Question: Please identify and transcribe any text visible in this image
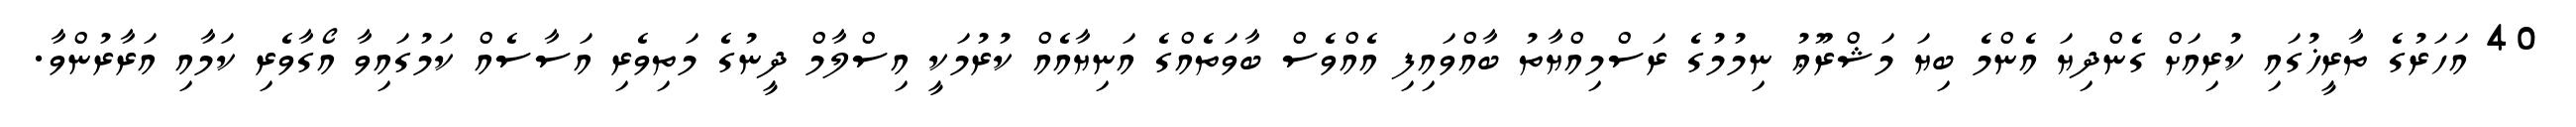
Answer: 40 އަހަރުގެ ތާރީޚުގައި ކުރިއަށް ގެންދިޔަ އެންމެ ބިޔަ މަޝްރޫޢު ނިމުމުގެ ރަސްމިއްޔާތު ބާއްވައިފި އެއްވެސް ބާވަތެއްގެ އަނިޔާއެއް ކުރުމަކީ އިސްލާމް ދީނުގެ މަތިވެރި އަސާސެއް ކަމުގައިވާ އޯގާވެރި ކަމާއި އަރާރުންވާ.